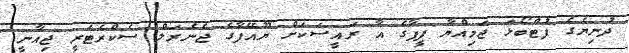
ދުނިޔެގެ ފުޓްބޯޅަ ޖަމިއްޔާ ފީފާގެ އާ ރައީސަކަށް ޔޫއޭފާގެ ޖެނެރަލް ސެކްރެޓަރީ ޖިއާނީ